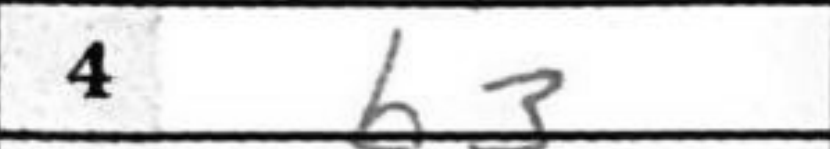
Transcription: b3